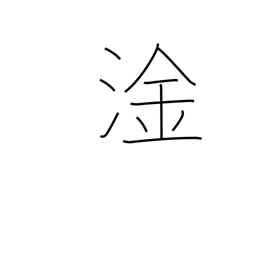
Meaning: bilge water